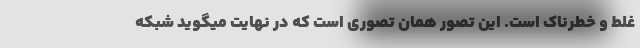
غلط و خطرناک است. این تصور همان تصوری است که در نهایت میگوید شبکه